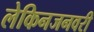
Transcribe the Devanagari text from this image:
लेकिनजनवरी